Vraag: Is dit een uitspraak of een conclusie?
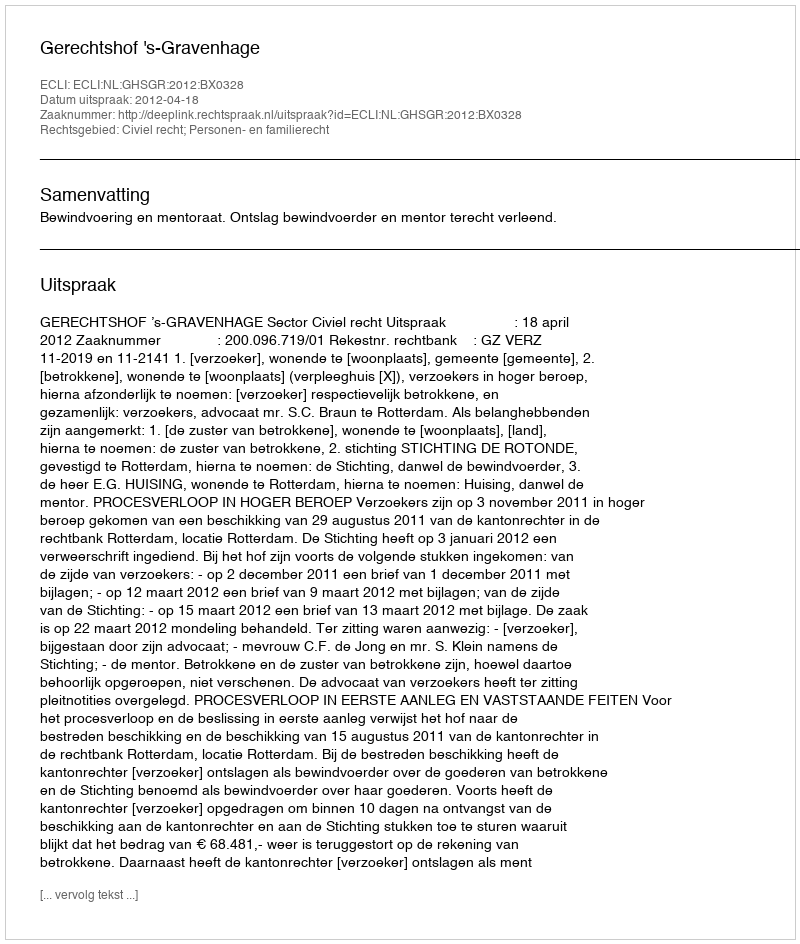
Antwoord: Uitspraak